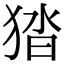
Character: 㹺